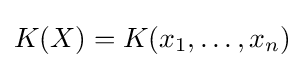
K(X)=K(x_{1},\ldots ,x_{n})